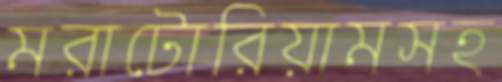
মরাটোরিয়ামসহ